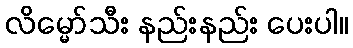
လိမ္မော်သီး နည်းနည်း ပေးပါ။